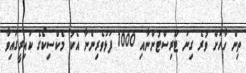
ތިން ހާހަށް ވުރެ ގިނަ ޓޫރިސްޓުންނާއި 1000 ފަޅުވެރިންނާ އެކު މެކްސިކޯގެ ކައިރީގައިވާ